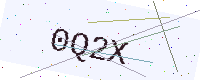
Text: 0Q2X